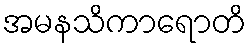
အမနသိကာရောတိ